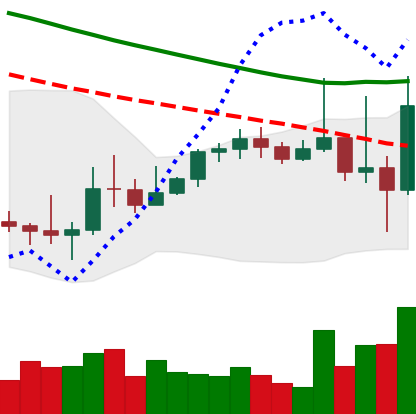
Ticker: TRX-USD
Chart end date: 2022-10-14
Forward return: -3.375%
Label: down_3_5